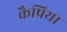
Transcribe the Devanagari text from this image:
कैप्रिया